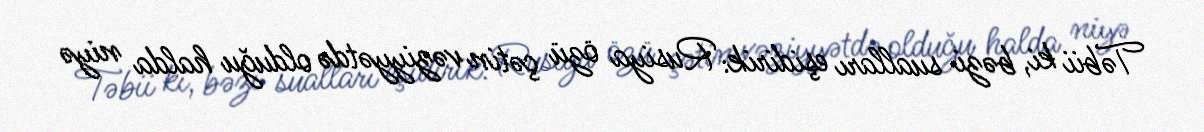
Təbii ki, bəzi sualları eşidirik: Rusiya özü çətin vəziyyətdə olduğu halda niyə